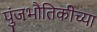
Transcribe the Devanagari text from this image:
पुंजभौतिकीच्या